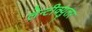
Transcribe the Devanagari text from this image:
लेन्टीक्युलर